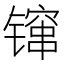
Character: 镩